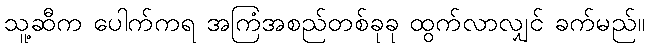
သူ့ဆီက ပေါက်ကရ အကြံအစည်တစ်ခုခု ထွက်လာလျှင် ခက်မည်။